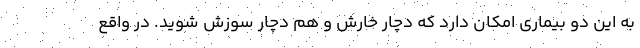
به این دو بیماری امکان دارد که دچار خارش و هم دچار سوزش شوید. در واقع